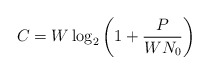
\begin{align*}C = W \log_{2} \left( 1 + \frac{P}{WN_{0}} \right) \end{align*}